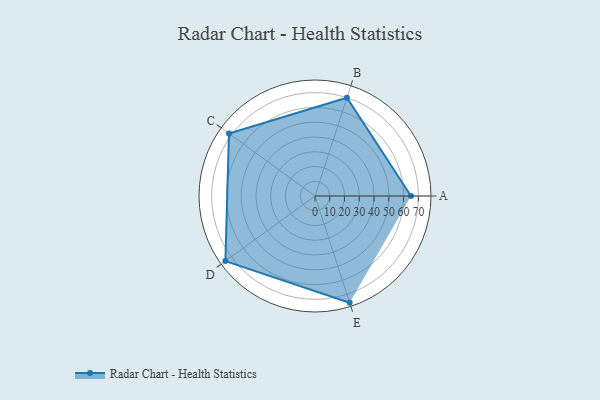
{"axis": {"x": "Skill", "y": "Score"}, "legend": ["Profile"], "data": [{"x": "A", "y": 65.0, "type": "Profile"}, {"x": "B", "y": 70.0, "type": "Profile"}, {"x": "C", "y": 72.0, "type": "Profile"}, {"x": "D", "y": 75.0, "type": "Profile"}, {"x": "E", "y": 76.0, "type": "Profile"}]}